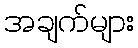
အချက်များ